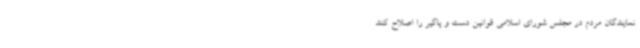
نمایندگان مردم در مجلس شورای اسلامی قوانین دست و پاگیر را اصلاح کنند